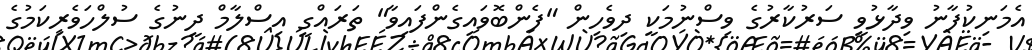
އެމަނިކުފާނު ވިދާޅުވީ ސަރުކާރުގެ ވިސްނުމަކީ ދިވެހިން "ފެންބޮވައިގެންފައިވާ" ތަރައްގީ އިސްލާމް ދީނުގެ ސުލްހަވެރިކަމުގެ